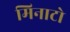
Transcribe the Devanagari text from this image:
मिनाटो